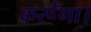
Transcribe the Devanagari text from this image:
कर्रूँगा।